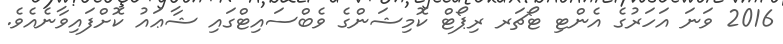
2016 ވަނަ އަހަރުގެ އެންޓި ޓޯޗަރ ރިޕޯޓް ކޮމިޝަންގެ ވެބްސައިޓްގައި ޝާޢައު ކޮށްފައިވާނެއެވެ.